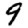
Digit: 9